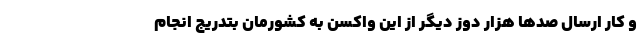
و کار ارسال صدها هزار دوز دیگر از این واکسن به کشورمان بتدریج انجام